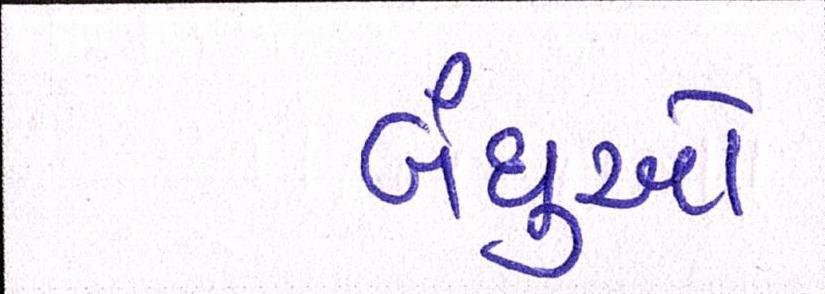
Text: બંધુઓ